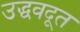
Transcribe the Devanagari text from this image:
उद्धवदूत